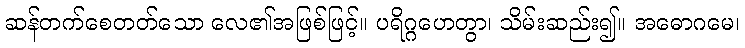
ဆန်တက်စေတတ်သော လေ၏အဖြစ်ဖြင့်။ ပရိဂ္ဂဟေတွာ၊ သိမ်းဆည်း၍။ အဓောဂမေ၊